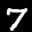
Label: 7